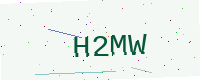
Text: H2MW